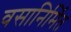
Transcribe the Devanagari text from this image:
वसानिर्मित